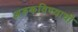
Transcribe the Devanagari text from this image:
अडकविण्याची